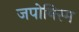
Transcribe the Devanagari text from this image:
जपोनिस्म